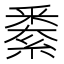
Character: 𨤙